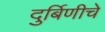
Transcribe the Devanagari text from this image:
दुर्बिणीचे